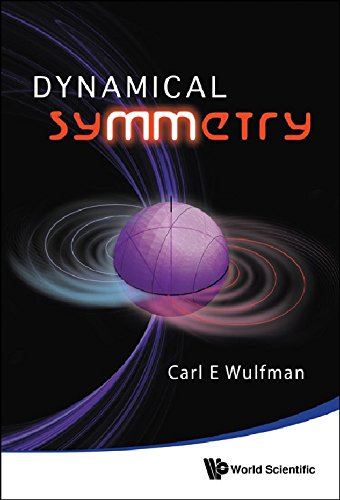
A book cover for Dynamical Symmetry; Carl E Wulfman; Science & Math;